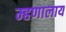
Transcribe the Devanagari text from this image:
म्हणालाय